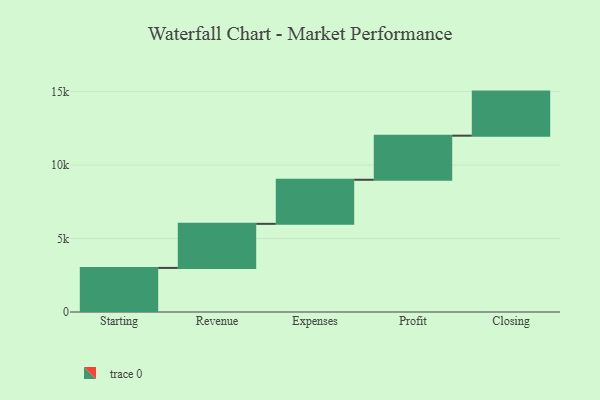
{"axis": {"x": "Step", "y": "Value"}, "legend": [""], "data": [{"x": "Starting", "y": 3000, "type": ""}, {"x": "Revenue", "y": 3000, "type": ""}, {"x": "Expenses", "y": 3000, "type": ""}, {"x": "Profit", "y": 3000, "type": ""}, {"x": "Closing", "y": 3000, "type": ""}]}